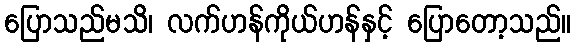
ပြောသည်မသိ၊ လက်ဟန်ကိုယ်ဟန်နှင့် ပြောတော့သည်။